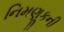
નિમણૂકની